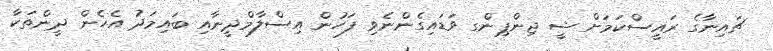
ޗައިނާގެ ރައީސްކަމަށް ޝީ ޖިންޕިންގ ވަޑައިގެންނެވި ފަހުން އިސްލާމްދީނާއި ބައިމަދު އެހެން ދީންތަކާ